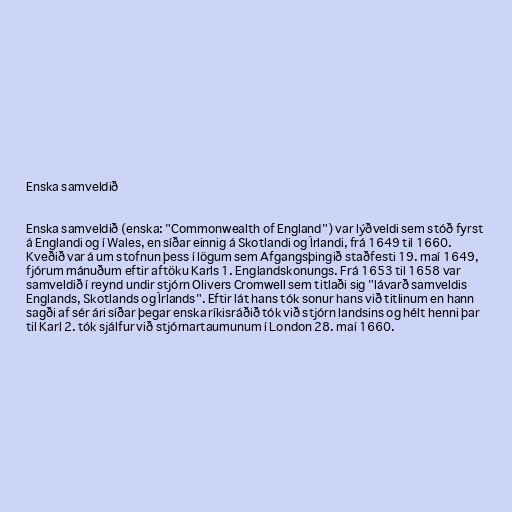
Enska samveldið

Enska samveldið (enska: "Commonwealth of England") var lýðveldi sem stóð fyrst
á Englandi og í Wales, en síðar einnig á Skotlandi og Írlandi, frá 1649 til 1660.
Kveðið var á um stofnun þess í lögum sem Afgangsþingið staðfesti 19. maí 1649,
fjórum mánuðum eftir aftöku Karls 1. Englandskonungs. Frá 1653 til 1658 var
samveldið í reynd undir stjórn Olivers Cromwell sem titlaði sig "lávarð samveldis
Englands, Skotlands og Írlands". Eftir lát hans tók sonur hans við titlinum en hann
sagði af sér ári síðar þegar enska ríkisráðið tók við stjórn landsins og hélt henni þar
til Karl 2. tók sjálfur við stjórnartaumunum í London 28. maí 1660.